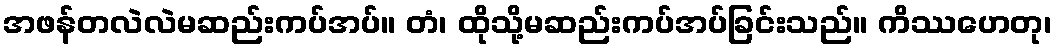
အဖန်တလဲလဲမဆည်းကပ်အပ်။ တံ၊ ထိုသို့မဆည်းကပ်အပ်ခြင်းသည်။ ကိဿဟေတု၊